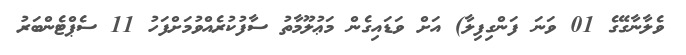
ވެލާނާގޭގެ 01 ވަނަ ފަންގިފިލާ) އަށް ވަޑައިގެން މަޢުލޫމާތު ސާފުކުރެއްވުމަށްފަހު 11 ސެޕްޓެންބަރު